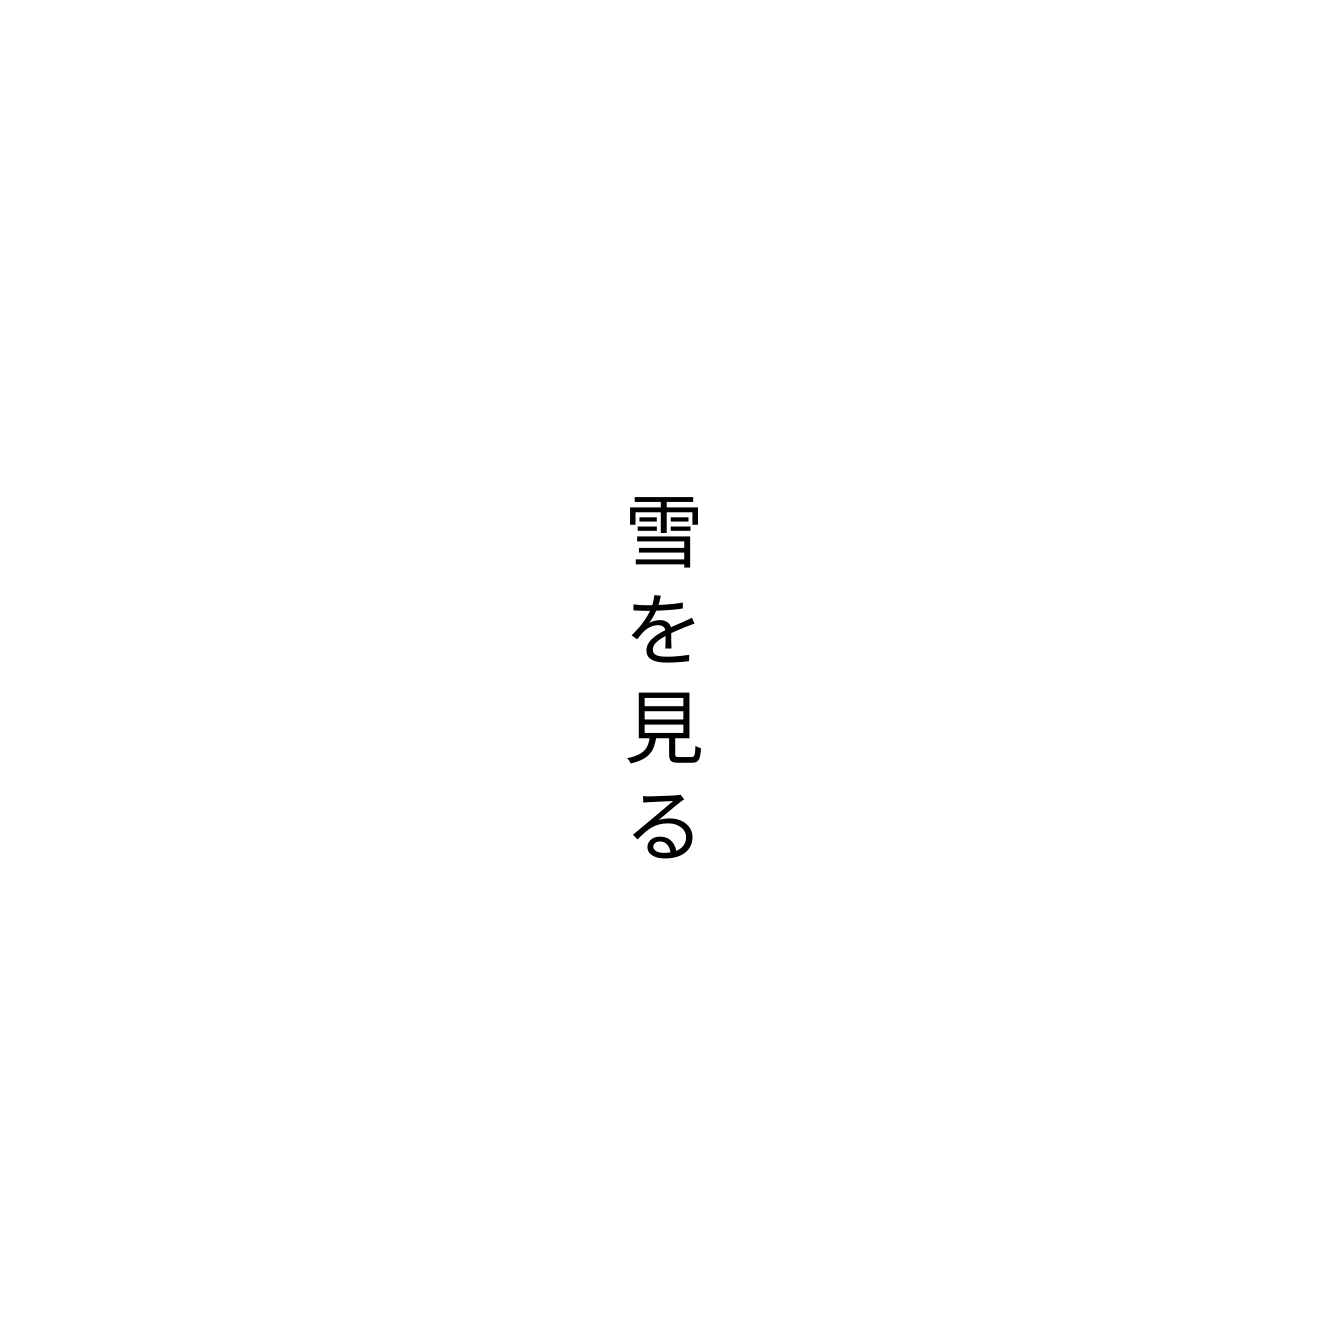
雪を見る